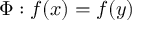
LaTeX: \Phi : f ( x ) = f ( y )